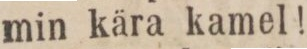
min kära kamel!